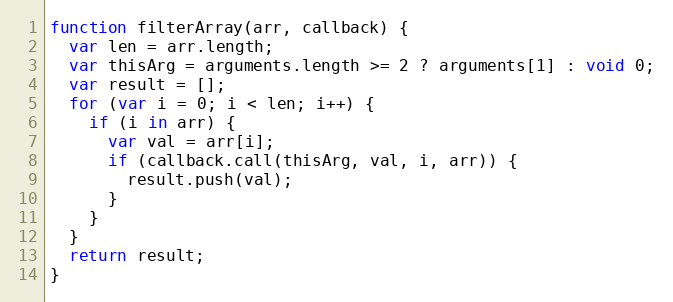
Language: JavaScript
function filterArray(arr, callback) {
  var len = arr.length;
  var thisArg = arguments.length >= 2 ? arguments[1] : void 0;
  var result = [];
  for (var i = 0; i < len; i++) {
    if (i in arr) {
      var val = arr[i];
      if (callback.call(thisArg, val, i, arr)) {
        result.push(val);
      }
    }
  }
  return result;
}